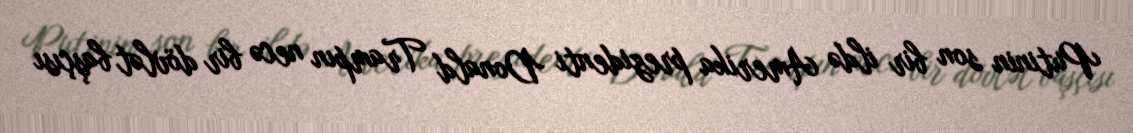
Putinin son bir ildə Amerika prezidenti Donald Trampın necə bir dövlət başçısı